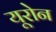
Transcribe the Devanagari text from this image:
यूरोन